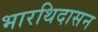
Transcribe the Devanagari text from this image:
भारथिदासन